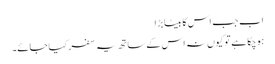
اب جب اس کا بیٹا بڑا
ہوچکا ہے تو کیوں نہ اس کے ساتھ یہ سفر کیا جائے۔